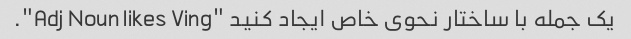
یک جمله با ساختار نحوی خاص ایجاد کنید "Adj Noun likes Ving".